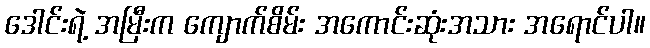
ဒေါင်းရဲ့ အမြီးက ကျောက်စိမ်း အကောင်းဆုံးအသား အရောင်ပါ။